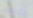
روسيل